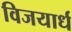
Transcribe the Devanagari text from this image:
विजयार्ध